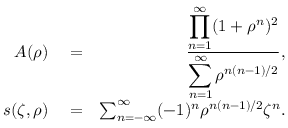
\begin{array} { r l r } { A ( \rho ) } & { { } = } & { \frac { \displaystyle \prod _ { n = 1 } ^ { \infty } ( 1 + \rho ^ { n } ) ^ { 2 } } { \displaystyle \sum _ { n = 1 } ^ { \infty } \rho ^ { n ( n - 1 ) / 2 } } , } \\ { s ( \zeta , \rho ) } & { { } = } & { \sum _ { n = - \infty } ^ { \infty } ( - 1 ) ^ { n } \rho ^ { n ( n - 1 ) / 2 } \zeta ^ { n } . } \end{array}